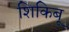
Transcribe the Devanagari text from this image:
शिकिबू